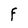
Character: F